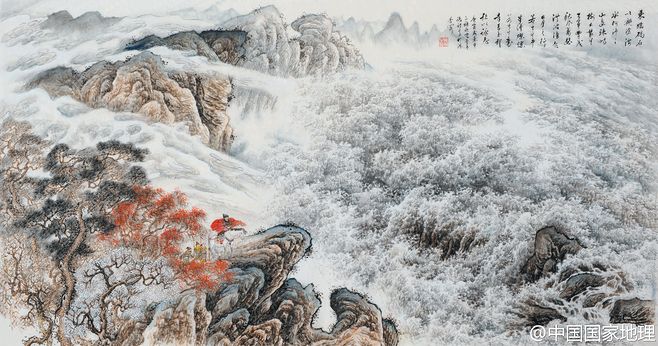
星汉灿烂，若出其里。